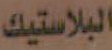
البلاستيك